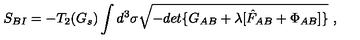
S _ { B I } = - T _ { 2 } ( G _ { s } ) \int d ^ { 3 } \sigma \sqrt { - d e t \{ G _ { A B } + \lambda [ \hat { F } _ { A B } + \Phi _ { A B } ] \} } \ ,